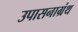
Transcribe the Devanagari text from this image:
उपासनाग्रंथ